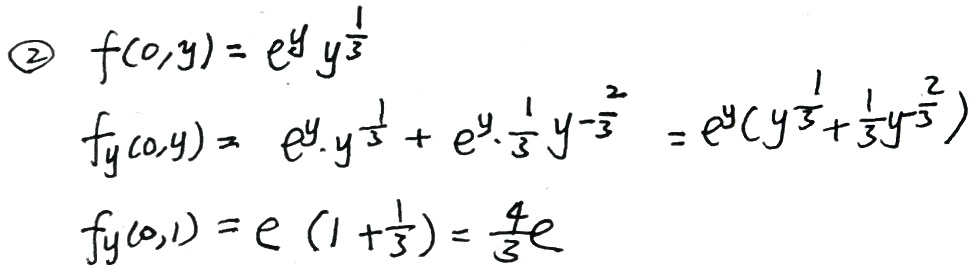
\begin{align*}
\textcircled{2} &\quad f(0,y)=e^{y}y^{\frac{1}{3}}\\
& f_y(0,y)=e^{y}\cdot y^{\frac{1}{3}} + e^{y}\cdot\frac{1}{3}y^{-\frac{2}{3}}=e^{y}(y^{\frac{1}{3}}+\frac{1}{3}y^{-\frac{2}{3}})\\
& f_y(0,1)=e(1 + \frac{1}{3})=\frac{4}{3}e
\end{align*}